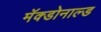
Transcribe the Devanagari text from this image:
मॅक्डोनाल्ड